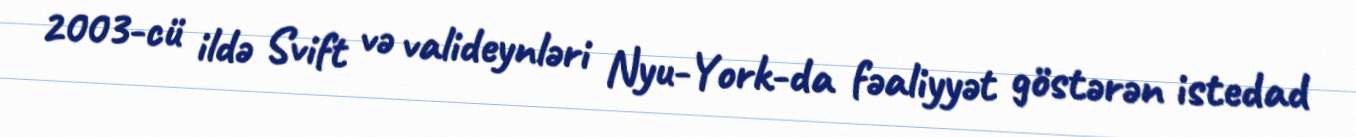
2003-cü ildə Svift və valideynləri Nyu-York-da fəaliyyət göstərən istedad